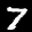
Label: 7